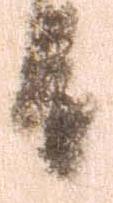
有